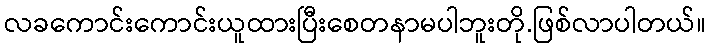
လခကောင်းကောင်းယူထားပြီးစေတနာမပါဘူးတို.ဖြစ်လာပါတယ်။